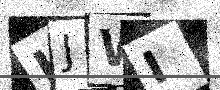
Text: UJWI